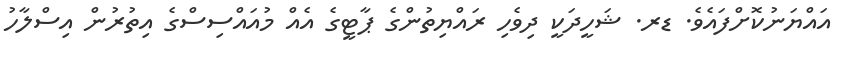
އައްޔަނުކޮށްފައެވެ. ޑރ. ޝަހީދަކީ ދިވެހި ރައްޔިތުންގެ ޕާޓީގެ އެއް މުއައްސިސްގެ އިތުރުން އިސްލާހު